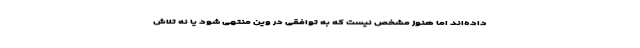
داده‌اند اما هنوز مشخص نیست که به توافقی در وین ‌منتهی شود یا نه تلاش